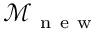
\mathcal { M } _ { \mathrm { ~ n ~ e ~ w ~ } }